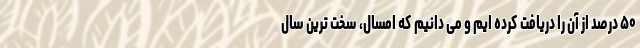
۵۰ درصد از آن را دریافت کرده ایم و می دانیم که امسال، سخت ترین سال